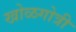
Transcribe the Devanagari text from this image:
खोळगोत्री